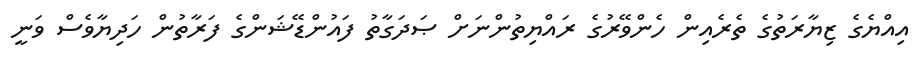
އިއްޔެގެ ޒިޔާރަތުގެ ތެރެއިން ހެންވޭރުގެ ރައްޔިތުންނަށް ޞަދަގާތު ފައުންޑޭޝަންގެ ފަރާތުން ހަދިޔާވެސް ވަނީ